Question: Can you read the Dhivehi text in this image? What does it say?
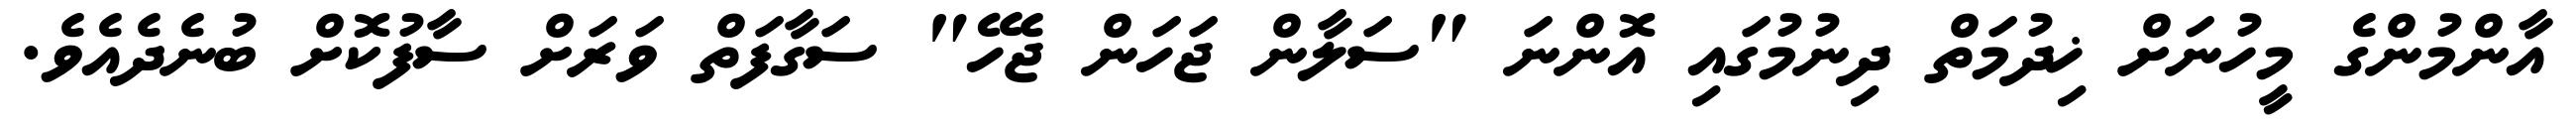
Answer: އާންމުންގެ މީހުނަށް ޚިދުމަތް ދިނުމުގައި އޮންނަ "ސަލާން ޖަހަން ޖެހޭ" ސަގާފަތް ވަރަށް ސާފުކޮށް ބުނެދެއެވެ.